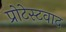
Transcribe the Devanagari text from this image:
प्रोटेस्टवाद